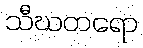
သီဃတရော